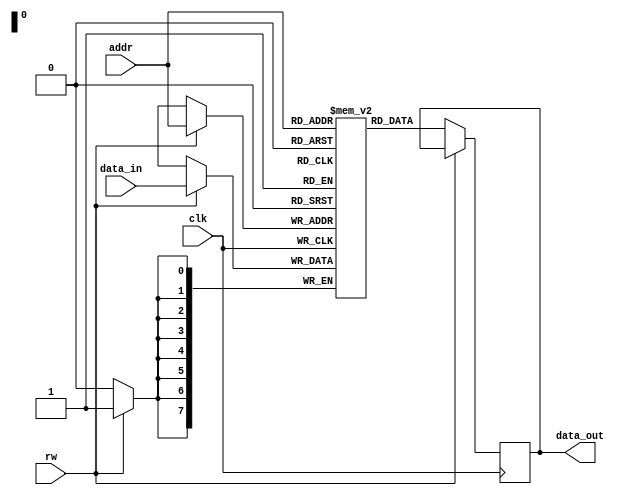
module EEPROM (
    input              clk,
    input              rw,
    input  [7:0]       addr,
    input  [7:0]       data_in,
    output reg [7:0]   data_out
);

reg [7:0] memory [0:255]; // 256 memory cells to store data

always @(posedge clk) begin
    if (rw) begin // write operation
        memory[addr] <= data_in;
    end else begin
        data_out <= memory[addr]; // read operation
    end
end

endmodule